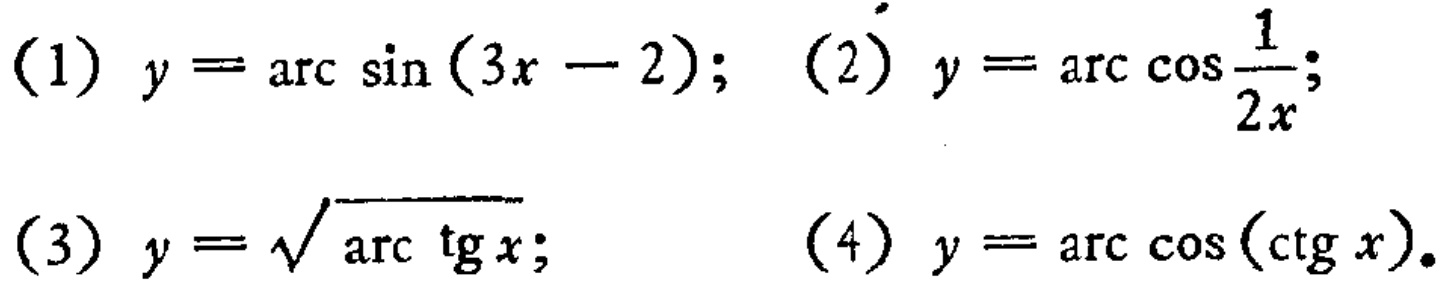
(1) \(y = \arcsin(3x - 2)\); (2) \(y = \arccos\frac{1}{2x}\);
(3) \(y = \sqrt{\arctan x}\); (4) \(y = \arccos(\cot x)\).